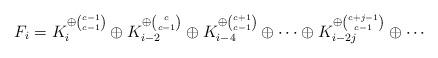
LaTeX: \begin{align*} F_i=K_i^{\oplus{ c-1 \choose c-1}} \oplus K^{\oplus{c \choose c-1}}_{i-2}\oplus K^{\oplus{c+1 \choose c-1}}_{i-4}\oplus\cdots \oplus K^{\oplus{c+j-1\choose c-1}}_{i-2j}\oplus\cdots \end{align*}